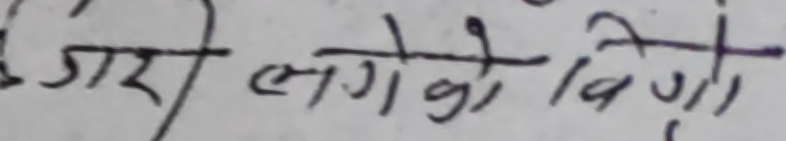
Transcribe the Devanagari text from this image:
जारी लगेको बिगो